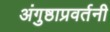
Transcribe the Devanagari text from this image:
अंगुष्ठाप्रवर्तनी